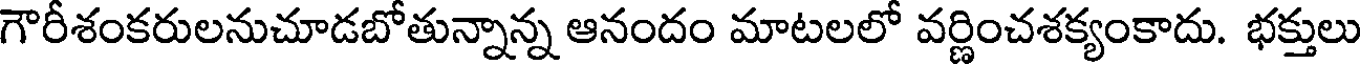
గౌరీశంకరులనుచూడబోతున్నాన్న ఆనందం మాటలలో వర్ణించశక్యంకాదు. భక్తులు